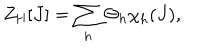
Z _ { \mathrm { H } } [ J ] = \sum _ { h } \Theta _ { h } \chi _ { h } ( J ) ,